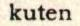
kuten